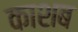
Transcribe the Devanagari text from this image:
काशब